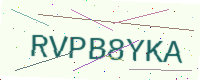
Text: RVPB8YKA